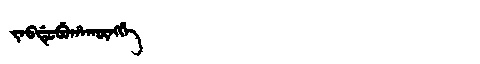
Manchu: ᠵᠠᠪᡩᡠᠪᡠᡥᠠᡴᡡᠩᡤᡝ
Romanization: JABDUBUHAKŪNGGE